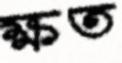
ক্ষত